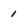
Character: 1